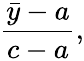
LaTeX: {\frac{{\bar{y}}-a}{c-a}},